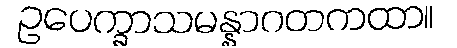
ဥပေက္ခာသမန္နာဂတကထာ။